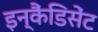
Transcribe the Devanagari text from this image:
इन्कैंडिसेंट